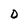
Character: D